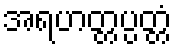
အရဟတ္တပ္ပတ္တံ